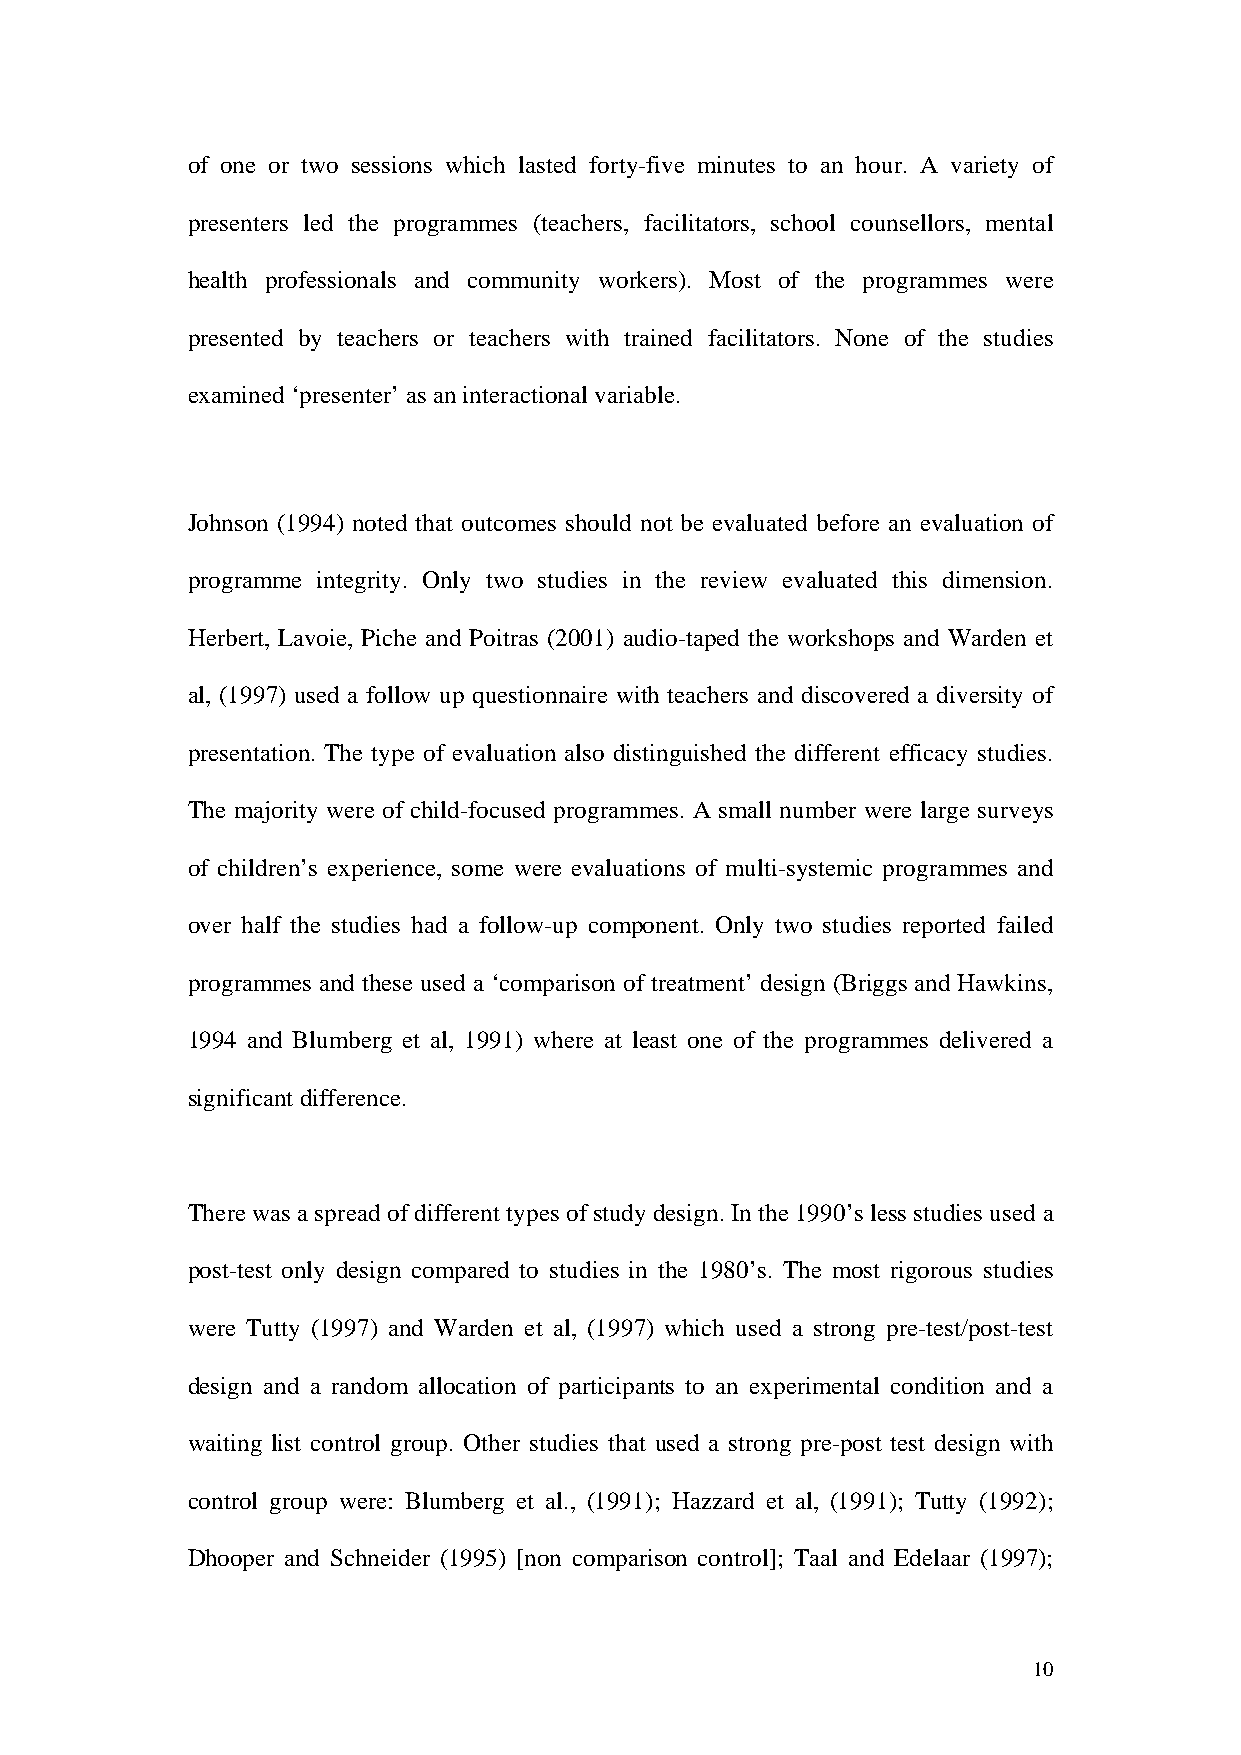
of one or two sessions which lasted forty-five minutes to an hour. A variety of
 presenters led the programmes (teachers, facilitators, school counsellors, mental
 health professionals and community workers). Most of the programmes were
 presented by teachers or teachers with trained facilitators. None of the studies
 examined ‘presenter’ as an interactional variable.
 Johnson (1994) noted that outcomes should not be evaluated before an evaluation of
 programme integrity. Only two studies in the review evaluated this dimension.
 Herbert, Lavoie, Piche and Poitras (2001) audio-taped the workshops and Warden et
 al, (1997) used a follow up questionnaire with teachers and discovered a diversity of
 presentation. The type of evaluation also distinguished the different efficacy studies.
 The majority were of child-focused programmes. A small number were large surveys
 of children’s experience, some were evaluations of multi-systemic programmes and
 over half the studies had a follow-up component. Only two studies reported failed
 programmes and these used a ‘comparison of treatment’ design (Briggs and Hawkins,
 1994 and Blumberg et al, 1991) where at least one of the programmes delivered a
 significant difference.
 There was a spread of different types of study design. In the 1990’s less studies used a
 post-test only design compared to studies in the 1980’s. The most rigorous studies
 were Tutty (1997) and Warden et al, (1997) which used a strong pre-test/post-test
 design and a random allocation of participants to an experimental condition and a
 waiting list control group. Other studies that used a strong pre-post test design with
 control group were: Blumberg et al., (1991); Hazzard et al, (1991); Tutty (1992);
 Dhooper and Schneider (1995) [non comparison control]; Taal and Edelaar (1997);
 10